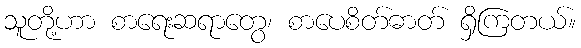
သူတို့ဟာ စာရေးဆရာတွေ၊ စာပေစိတ်ဓာတ် ရှိကြတယ်။